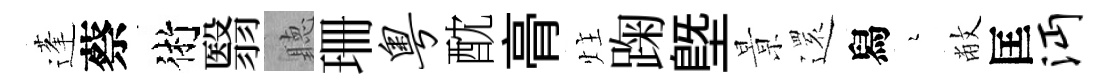
蓬蔡術翳聽珊粤酖𮌔炷踘塈㬌𮟃舄瑟敝匡沔